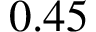
0 . 4 5